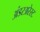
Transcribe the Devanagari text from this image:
अंडरअरेस्ट